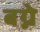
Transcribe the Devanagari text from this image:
बग्ने